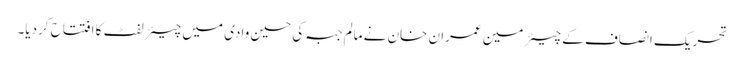
تحریک انصاف کے چیئرمین عمران خان نے مالم جبہ کی حسین وادی میں چیئرلفٹ کا افتتاح کردیا۔